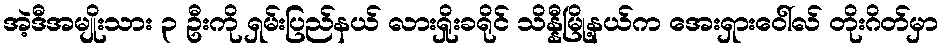
အဲ့ဒီအမျိုးသား ၃ ဦးကို ရှမ်းပြည်နယ် လားရှိုးခရိုင် သိန္နီမြို့နယ်က အေးရှားဝေါ်လ် တိုးဂိတ်မှာ